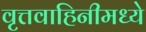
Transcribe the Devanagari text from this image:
वृत्तवाहिनीमध्ये